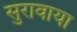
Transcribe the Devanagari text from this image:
सुरावाया